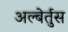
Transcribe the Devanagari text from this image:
अल्बेर्तुस